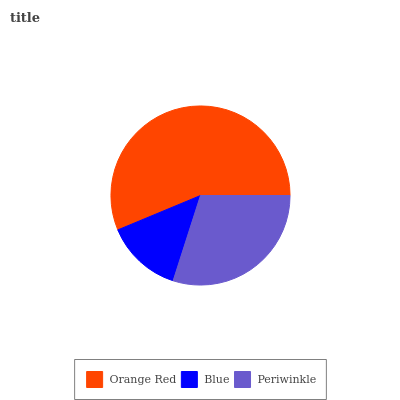
| Orange Red | Blue | Periwinkle |
 | --- | --- | --- |
 | 56.3% | 13.8% | 29.9% |